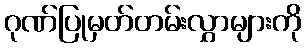
ဂုဏ်ပြုမှတ်တမ်းလွှာများကို